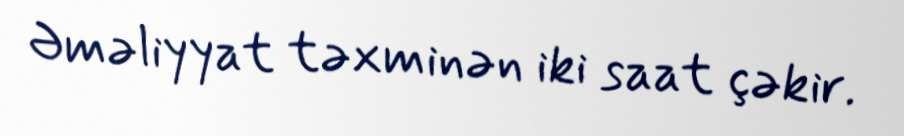
Əməliyyat təxminən iki saat çəkir.